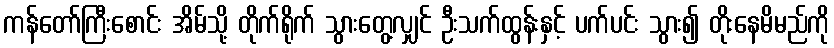
ကန်တော်ကြီးစောင်း အိမ်သို့ တိုက်ရိုက် သွားတွေ့လျှင် ဦးသက်ထွန်းနှင့် ပက်ပင်း သွား၍ တိုးနေမိမည်ကို